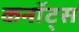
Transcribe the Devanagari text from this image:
कनॉट्स